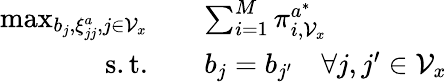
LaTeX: \begin{array}{rl}{\operatorname*{max}_{b_{j},\xi_{jj}^{a},j\in\mathcal{V}_{x}}\quad}&{\sum_{i=1}^{M}\pi_{i,\mathcal{V}_{x}}^{a^{*}}}\\ {\mathrm{s.t.}\quad}&{b_{j}=b_{j^{\prime}}\quad\forall j,j^{\prime}\in\mathcal{V}_{x}}\end{array}